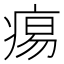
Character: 痬